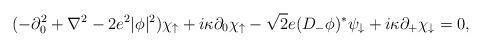
LaTeX: \begin{align*}(-\partial_0^2 +\nabla^2 -2e^2|\phi|^2) \chi_\uparrow+i\kappa\partial_0 \chi_\uparrow - \sqrt{2}e (D_-\phi)^*\psi_\downarrow+i\kappa\partial_+ \chi_\downarrow = 0, \end{align*}